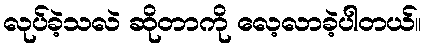
လုပ်ခဲ့သလဲ ဆိုတာကို လေ့လာခဲ့ပါတယ်။